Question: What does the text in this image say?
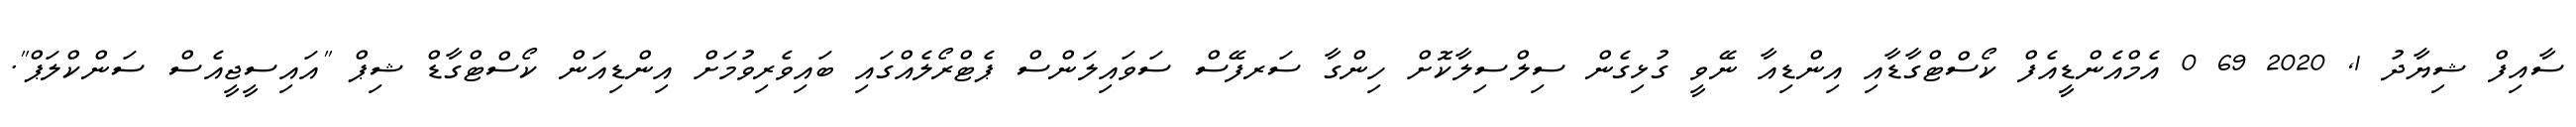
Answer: ސާއިފް ޝިޔާދު 1, 2020 69 0 އެމްއެންޑީއެފް ކޯސްޓްގާޑާއި އިންޑިއާ ނޭވީ ގުޅިގެން ސިލްސިލާކޮށް ހިންގާ ސަރފޭސް ސަވައިލަންސް ޕެޓްރޯލެއްގައި ބައިވެރިވުމަށް އިންޑިއަން ކޯސްޓްގާޑް ޝިޕް "އައިސީޖީއެސް ސަންކްލަޕް".